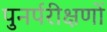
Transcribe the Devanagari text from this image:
पुनर्परीक्षणों